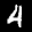
Label: 4